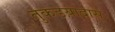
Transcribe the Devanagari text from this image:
तुकडय़ादास